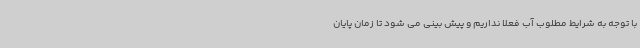
با توجه به شرایط مطلوب آب فعلا نداریم و پیش بینی می شود تا زمان پایان